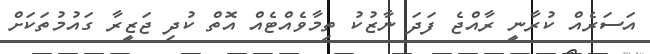
އަސަރެއް ކުރާނީ ރާއްޖެ ފަދަ ނާޒުކު ތިމާވެއްޓެއް އޮތް ކުދި ޖަޒީރާ ގައުމުތަކަށް